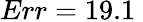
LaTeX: Err=19.1\